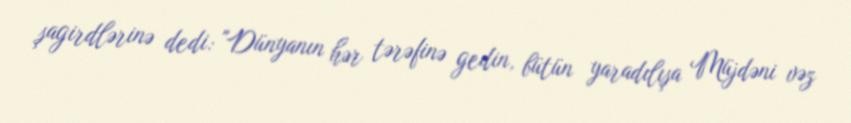
şagirdlərinə dedi: "Dünyanın hər tərəfinə gedin, bütün yaradılışa Müjdəni vəz